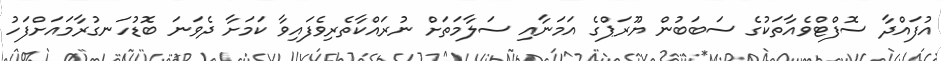
އުފައްދާ ސޮފްޓްވެއާތަކުގެ ސަބަބުން ޔޫރަޕްގެ އަމަނާއި ސަލާމަތަށް ނުރައްކާތެރިވެފައިވާ ކަމަށާ ދެވަނަ ބޮޑުހަނގުރާމައަށްފަހު